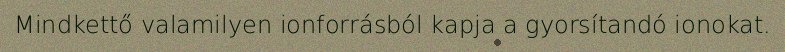
Mindkettő valamilyen ionforrásból kapja a gyorsítandó ionokat.